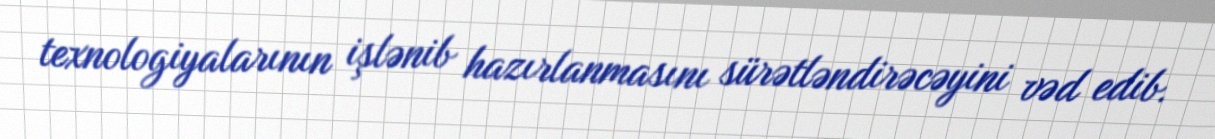
texnologiyalarının işlənib hazırlanmasını sürətləndirəcəyini vəd edib.